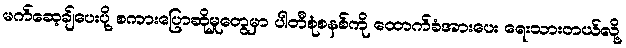
မက်ဆေ့ချ်ပေးပို့ စကားပြောဆိုမှုတွေမှာ ပါတီစုံစနစ်ကို ထောက်ခံအားပေး ရေးသားတယ်လို့